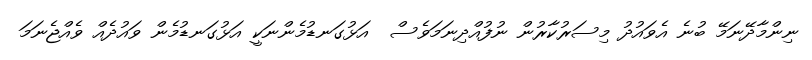
ނިންމާދޭނަމޭ ބުނެ އެވައުދު މިސަރުކާރުން ނުފުއްދިނަމަވެސް  އަޅުގަނޑުމެންނަކީ އަޅުގަނޑުމެން ވައުދެއް ވެއްޖެނަމަ